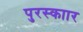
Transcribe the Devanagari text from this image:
पुरस्काार